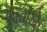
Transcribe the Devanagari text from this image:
उपचारके